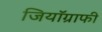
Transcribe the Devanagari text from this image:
जियॉग्राफी